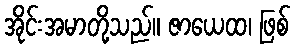
အိုင်းအမာတို့သည်။ ဇာယေထ၊ ဖြစ်